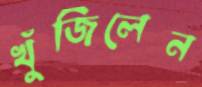
খুঁজিলেন